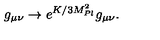
g _ { \mu \nu } \rightarrow e ^ { K / 3 M _ { P l } ^ { 2 } } g _ { \mu \nu } .